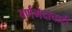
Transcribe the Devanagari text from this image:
वर्णभेदाचाही